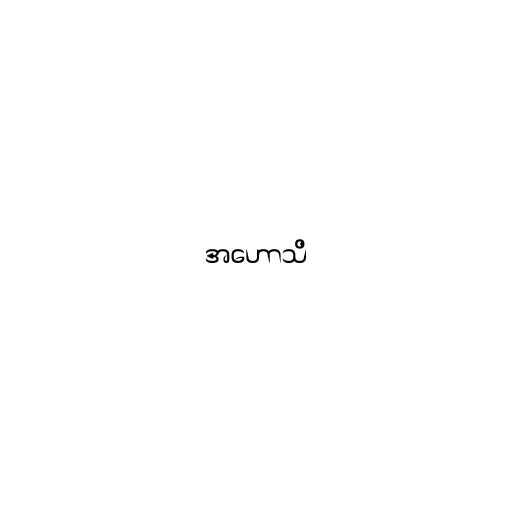
အဟောသိ